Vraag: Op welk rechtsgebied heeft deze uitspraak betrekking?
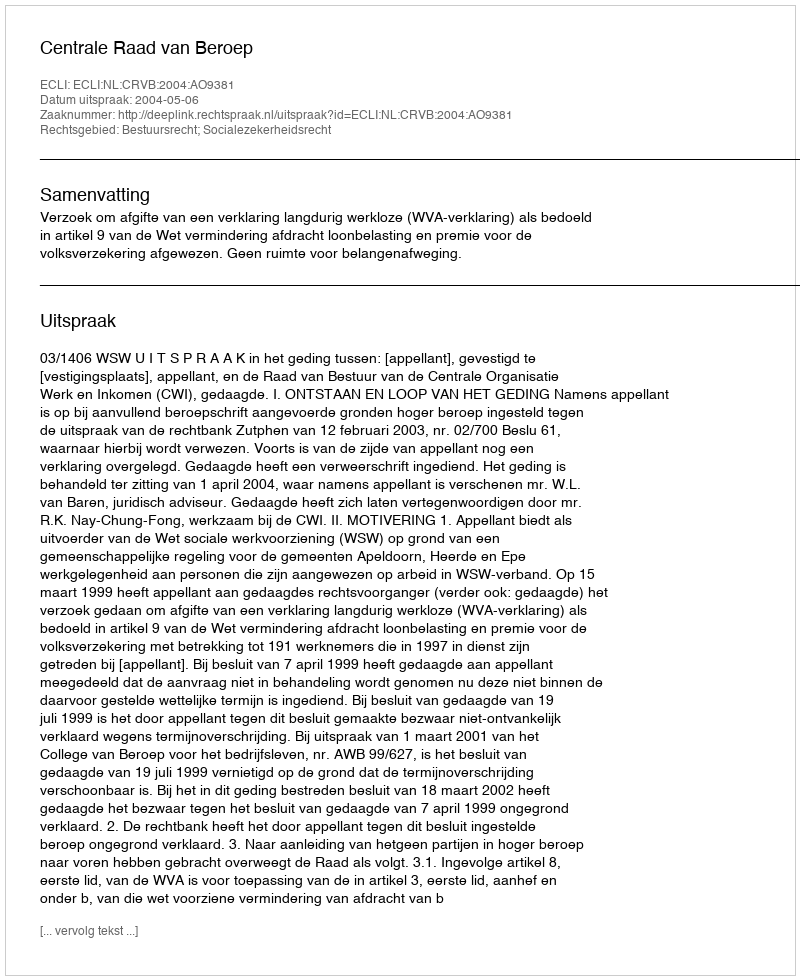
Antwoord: Bestuursrecht; Socialezekerheidsrecht